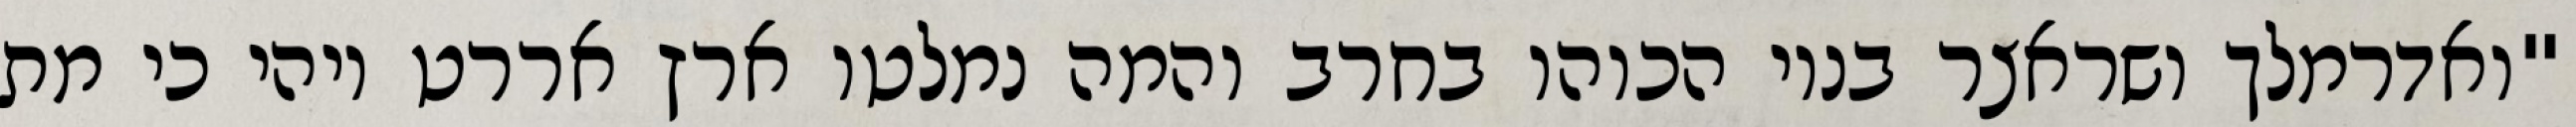
"ואדרמלך ושראצר בניו הכוהו בחרב והמה נמלטו ארץ אררט ויהי כי מת